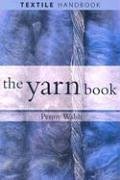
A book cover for The Yarn Book (Textiles Handbooks); Penny Walsh; Crafts, Hobbies & Home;